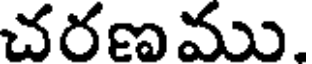
చరణము.